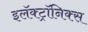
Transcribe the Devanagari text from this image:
इलॅक्ट्रॉनिक्स